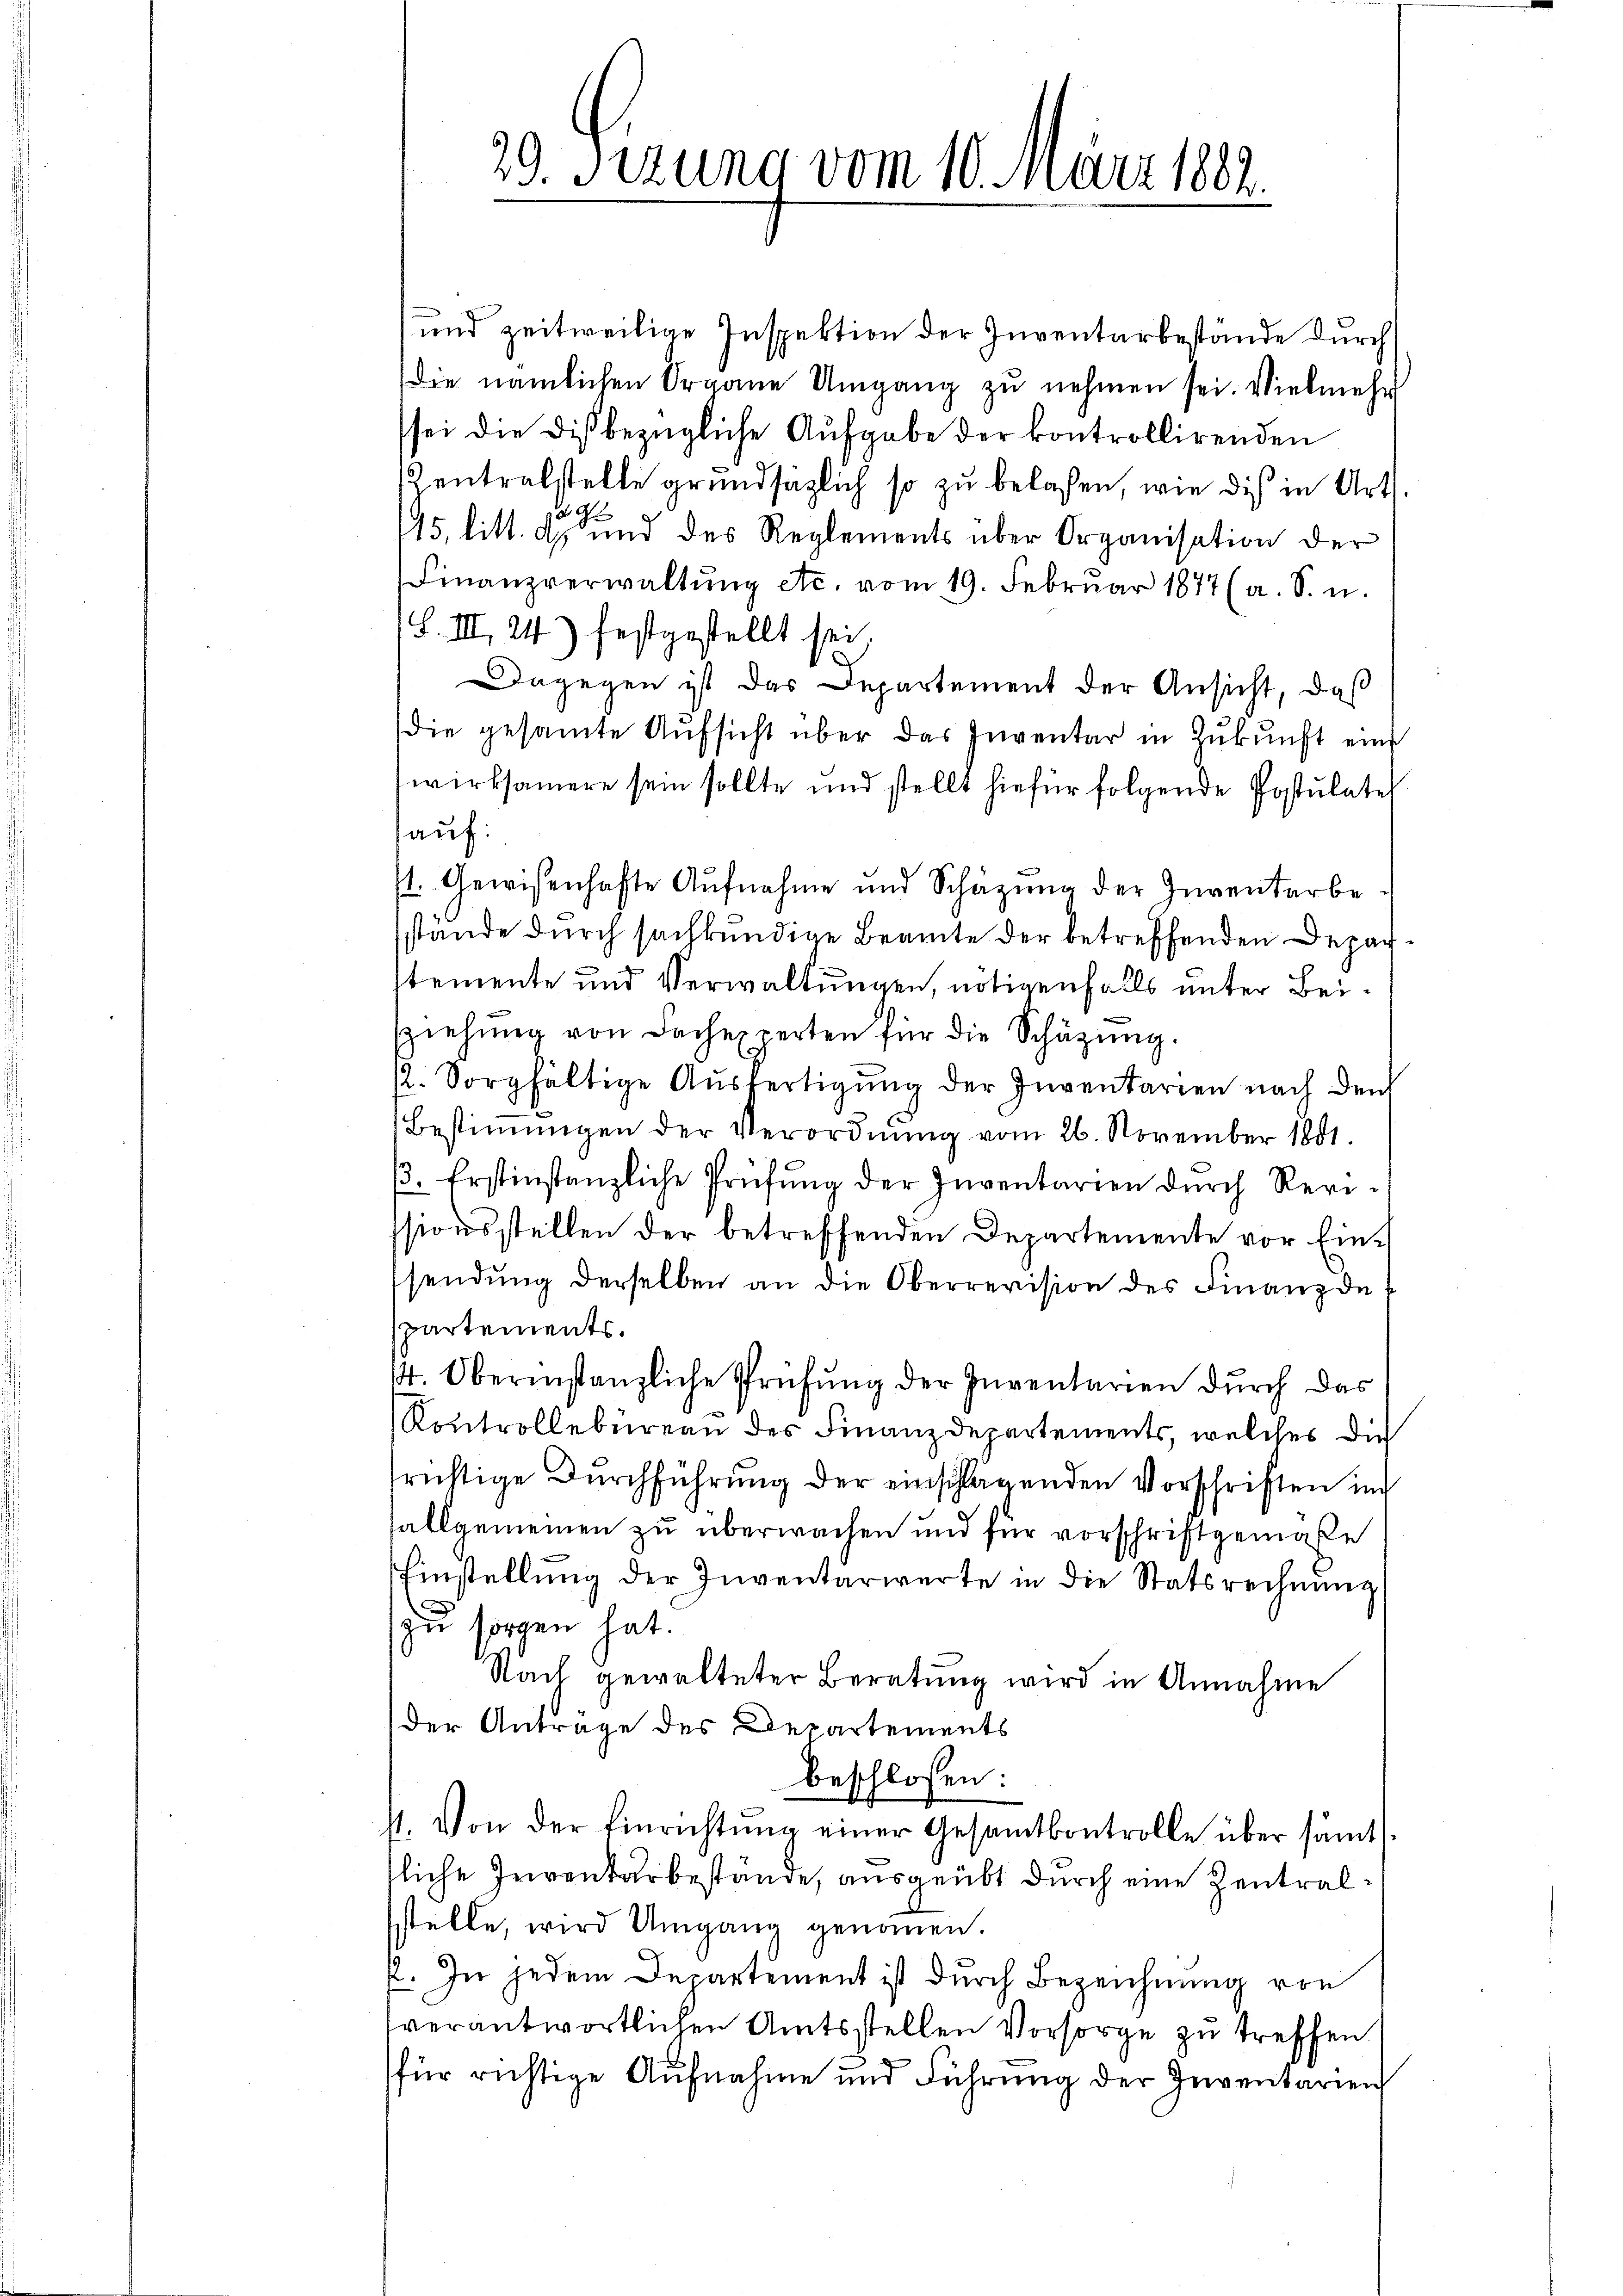
29. Sezung vom 10. März 1882.

und zeitweilige Inspektion der Inventarbestände durch
die nämlichen Organe Umgang zu nehmen sei. Vielmehr
sei die dis bezügliche Aufgabe der kontrollirenden
Zentralstelle grundsätzlich so zu belassen, wie dis in Art.
 G.
115, litt. a und des Reglements über Organisation der
Finanzverwaltŭng etc. vom 19. Februar 1877 (a. S. u.
(S. II, 24) festgestellt sei,
Dagegen ist das Departement der Ansicht, daß
die gesamte Aŭfsicht über das Inventar in Zŭkŭnft eine
wirksamere sein sollte und stellt hiefür folgende Postulatel
auf:
st. Gewisenhafte Aufnahme und Schäzung der Inventarbe
stande durch sachkundige Beamte der betreffenden Deparstemente und Verwaltungen, nötigenfalls unter Beiziehung von Sachexperten für die Schätzung.
12. Sorgfältige Ausfertigung der Inventarien nach den
Bestiṁŭngen der Verordnŭng vom 26. November 1801.
3. Erstinstanzliche Prüfung der Inventarien durch Revissionsstellen der betreffenden Departemente vor Einsendung derselben an die Oberrevision des Finanz de
partements.
14. Oberinstanzliche Prüfung der Inventarien durch das
Kontrollebureau des Finanzdepartements, welches die
richtige Durchführung der einschlagenden Vorschriften im
sallgemeinen zu überwachen und für vorschriftgemäße
hinstellŭng der Inventarierte in die Statsrechnŭng
zu sorgen hat.
Nach gewalteter Beratung wird in Annahme
der Anträge des Departements
beschlossen:
. Von der Einrichtŭng einer Gesamtkontrolle über sämt.
liche Inventarbestande, ausgeübt durch eine Zentralstelle, wird Umgang genommen.
f. In jedem Departement ist durch Bezeichnung von
verantwortlichen Amtsstellen Vorsorge zu treffen
für richtige Aufnahme und Führung der Inventarien